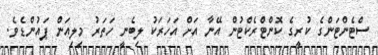
ސްޓެންޓަންގެ ކުރީގެ ކޮންޓްރެކްޓުން އޭނާ އަށް އަހަރަކު ލިބެނީ ހަތަރު މިލިއަން ޕައުންޑެވެ.